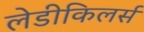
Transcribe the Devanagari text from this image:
लेडीकिलर्स